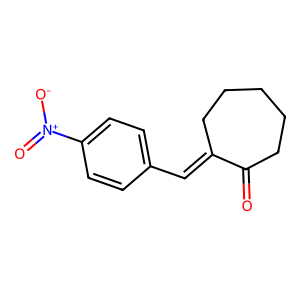
SMILES: O=C1CCCCCC1=Cc1ccc([N+](=O)[O-])cc1
Inhibits HIV replication: No